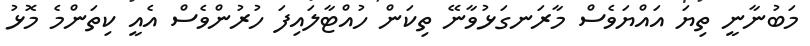
މަބުނާނީ ތިޔަ އައްޔަވެސް މާރަނގަޅުވާނޭ ތިކަން ހުއްޓާލައިފަ ހުރުންވެސް އެއީ ކިތަންމެ މޮޅު